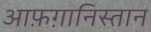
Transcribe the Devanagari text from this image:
आफ़ग़ानिस्तान